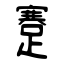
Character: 蹇